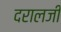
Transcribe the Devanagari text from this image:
दरालजी